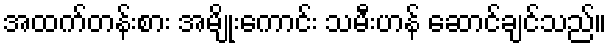
အထက်တန်းစား အမျိုးကောင်း သမီးဟန် ဆောင်ချင်သည်။